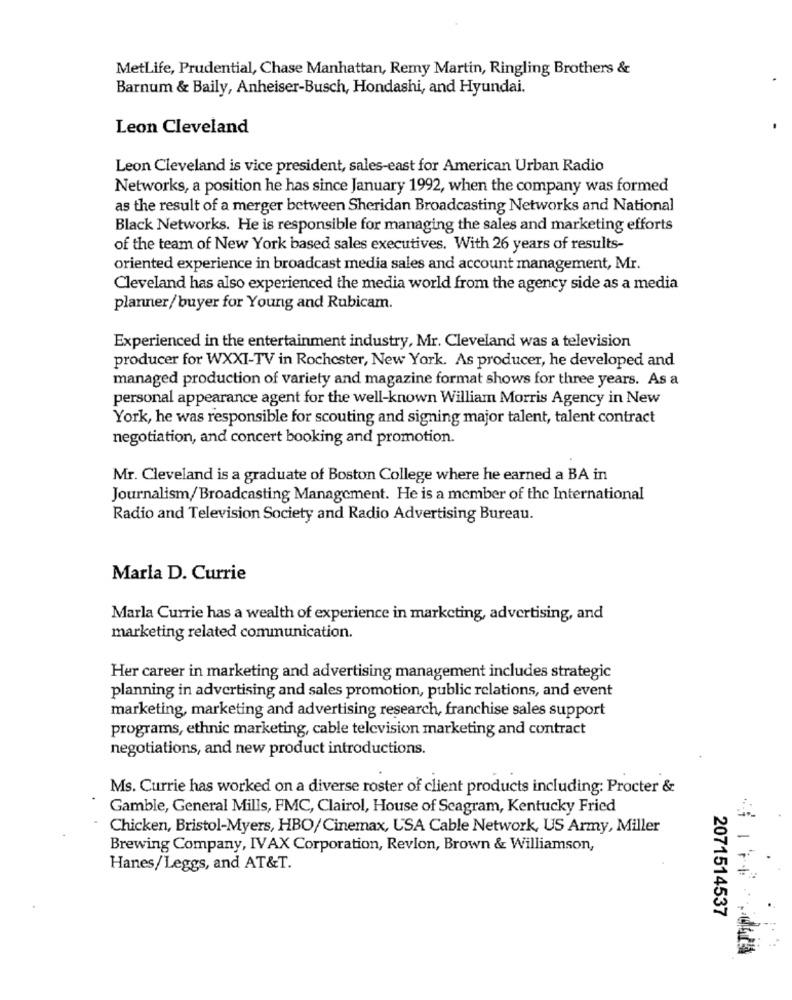
MetLife, Prudential, Chase Manhattan, Remy Martin, Ringling Brothers &
Barnum & Baily, Anheiser-Busch, Hondashi, and Hyundai.
Leon Cleveland
Leon Cleveland is vice president, sales-east for American Urban Radio
Networks, a position he has since January 1992, when the company was formed
as the result of a merger between Sheridan Broadcasting Networks and National
Black Networks. He is responsible for managing the sales and marketing efforts
of the team of New York based sales executives. With 26 years of results-
oriented experience in broadcast media sales and account management, Mr.
Cleveland has also experienced the media world from the agency side as a media
planner/buyer for Young and Rubicam.
Experienced in the entertainment industry, Mr. Cleveland was a television
producer for WXXI-TV in Rochester, New York. As producer, he developed and
managed production of variety and magazine format shows for three years. As a
personal appearance agent for the well-known William Morris Agency in New
York, he was responsible for scouting and signing major talent, talent contract
negotiation, and concert booking and promotion.
Mr. Cleveland is a graduate of Boston College where he earned a BA in
Journalism/Broadcasting Management. He is a member of the International
Radio and Television Society and Radio Advertising Bureau.
Marla D. Currie
Marla Currie has a wealth of experience in marketing, advertising, and
marketing related communication.
Her career in marketing and advertising management includes strategic
planning in advertising and sales promotion, public relations, and event
marketing, marketing and advertising research, franchise sales support
programs, ethnic marketing, cable television marketing and contract
negotiations, and new product introductions.
Ms. Currie has worked on a diverse roster of client products including: Procter &
Gamble, General Mills, FMC, Clairol, House of Seagram, Kentucky Fried
Chicken, Bristol-Myers, HBO/Cinemax, USA Cable Network, US Army, Miller
Brewing Company, IVAX Corporation, Revlon, Brown & Williamson,
Hanes/Leggs, and AT&T.
2071514537